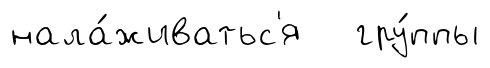
нала́живатьс'я гру́ппы